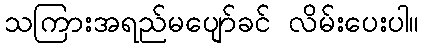
သကြားအရည်မပျော်ခင် လိမ်းပေးပါ။